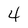
Character: 4